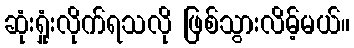
ဆုံးရှုံးလိုက်ရသလို ဖြစ်သွားလိမ့်မယ်။